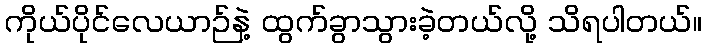
ကိုယ်ပိုင်လေယာဉ်နဲ့ ထွက်ခွာသွားခဲ့တယ်လို့ သိရပါတယ်။